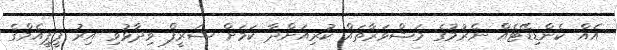
އެއް ކެންޑިޑޭޓެއް ނެރުމުގެ މަޝްވަރާތައް ކުރިއަށްދާ ކަމަށް ޝަރީފް ވިދާޅުވި އިރު ޕީޕީއެމްގެ